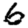
Digit: 6